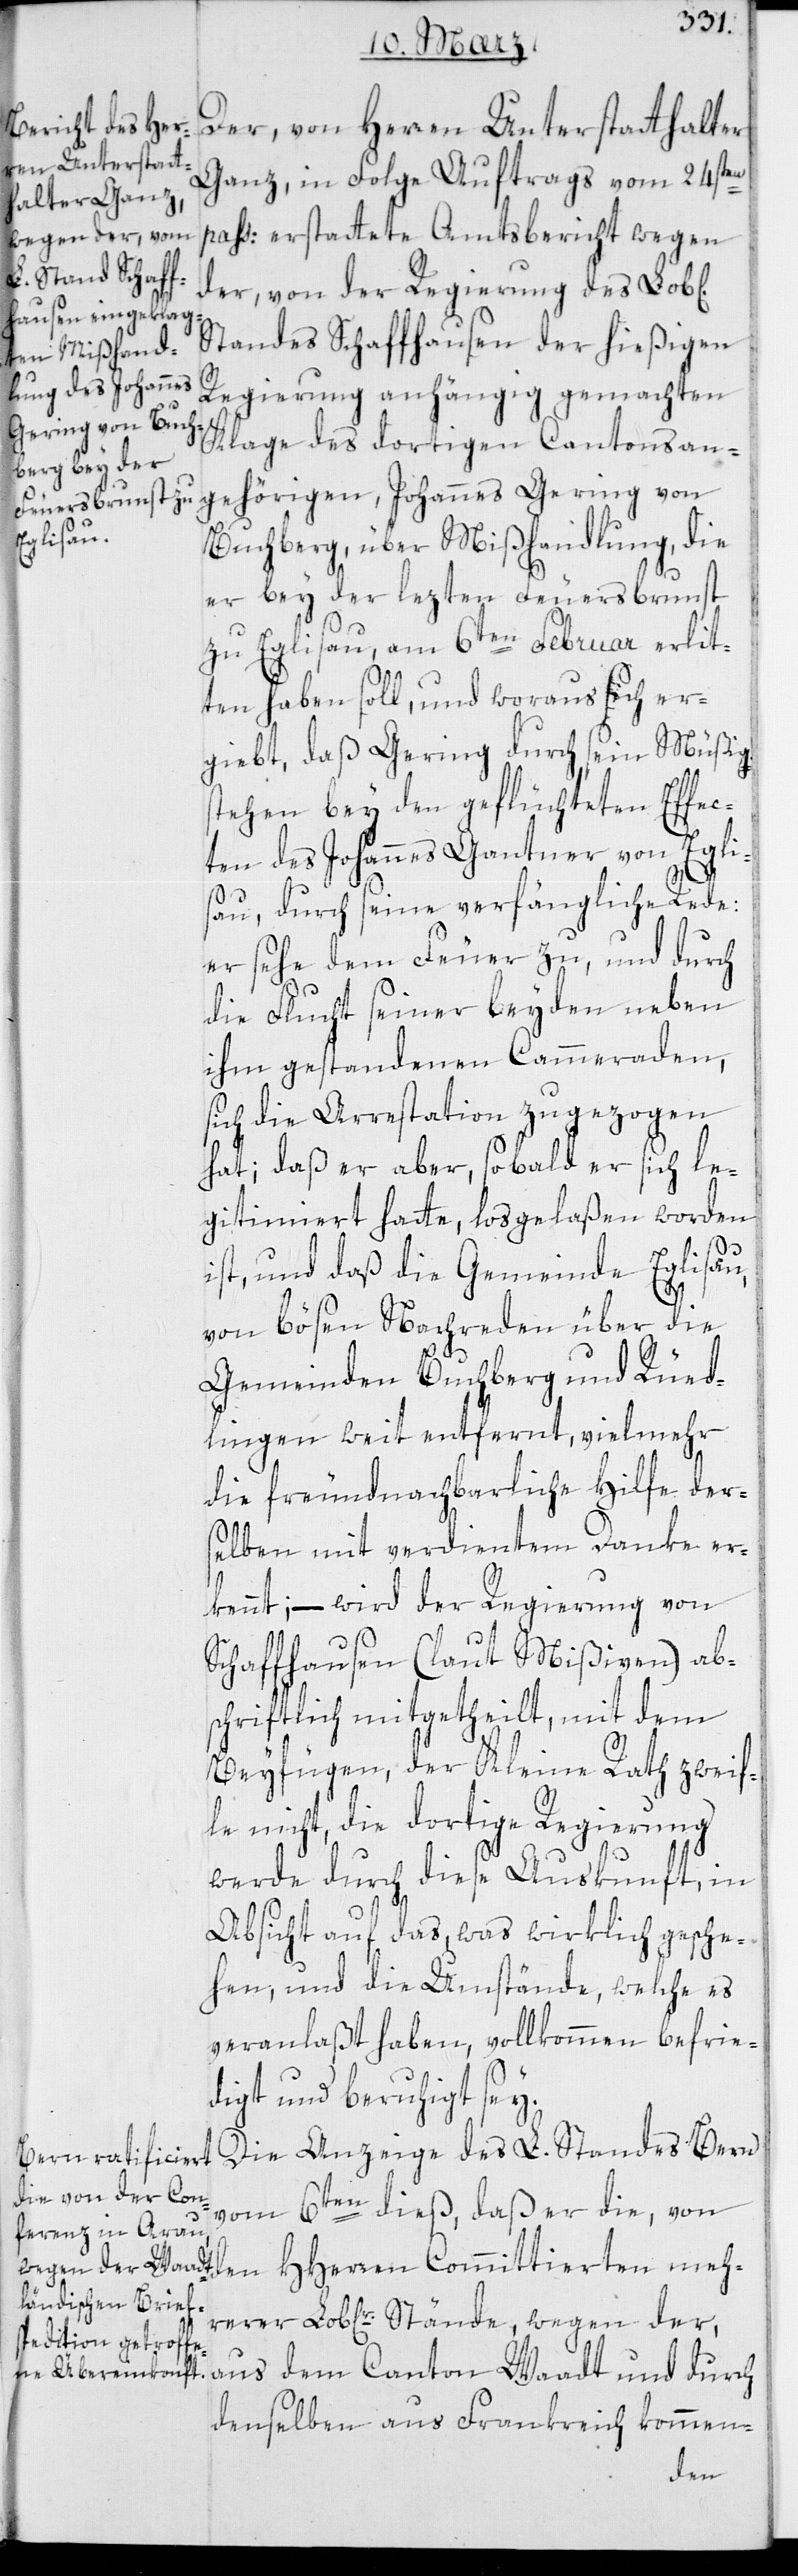
Der von Herren Unterstatthalter
Ganz in Folge Auftrags vom 24sten
pass: erstattete Amtsbericht wegen
der von der Regierung des Lob[li¬
Standes Schaffhausen der hießigen
Regierung anhängig gemachten
Klage des dortigen Cantonsan¬
gehörigen, Johannes Gering von
Buchberg, über Mißhandlung, die
er bey der lezten Feuersbrunst
zu Eglisau am 6ten Februar erlit¬
ten haben soll, und woraus sich er¬
giebt, daß Gering durch sein Müßig¬
stehen bey den geflüchteten Effec¬
ten des Johannes Gantner von Egli¬
sau, durch seine verfängliche Rede:
Er sehe dem Feuer zu, und durch
die Flucht seiner beyden neben
ihm gestandenen Cammeraden,
sich die Arrestation zugezogen
hat; daß er aber, sobald er sich le¬
gitimiert hatte, losgelaßen worden
ist, und daß die Gemeinde Eglisau,
von bösen Nachreden über die
Gemeinden Buchberg und Rüed¬
lingen weit entfernt, vielmehr
die freundnachbarliche Hilfe der¬
selben mit verdientem Danke er¬
kennt, – wird der Regierung von
Schaffhausen (laut Mißiven) ab¬
schriftlich mitgetheilt, mit dem
Beyfügen, der Kleine Rath zweif¬
le nicht, die dortige Regierung
werde durch diese Auskunft, in
Absicht auf das, was wirklich gesche¬
hen, und die Umstände, welche es
veranlaßt haben, vollkommen befrie¬
digt und beruhigt
Die Anzeige des L. Standes Bern
vom 6ten dieß, daß er die, von
den HHerren Committierten meh¬
rerer Lob[liche]r. Stände wegen der
aus dem Canton Waadt und durch
denselben aus Frankreich kommen-
chen]